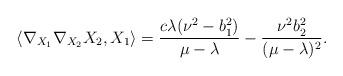
LaTeX: \begin{align*}\langle\nabla_{X_{1}}\nabla _{X_{2}}X_{2},X_{1}\rangle=\displaystyle\frac{c\lambda(\nu^{2}-b_{1}^{2})}{\mu-\lambda}-\displaystyle\frac{\nu^{2}b_{2}^{2}}{(\mu-\lambda)^{2}}.\end{align*}